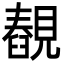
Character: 䚎